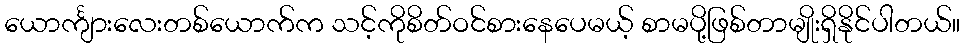
ယောင်္ကျားလေးတစ်ယောက်က သင့်ကိုစိတ်ဝင်စားနေပေမယ့် စာမပို့ဖြစ်တာမျိုးရှိနိုင်ပါတယ်။